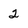
Character: 2